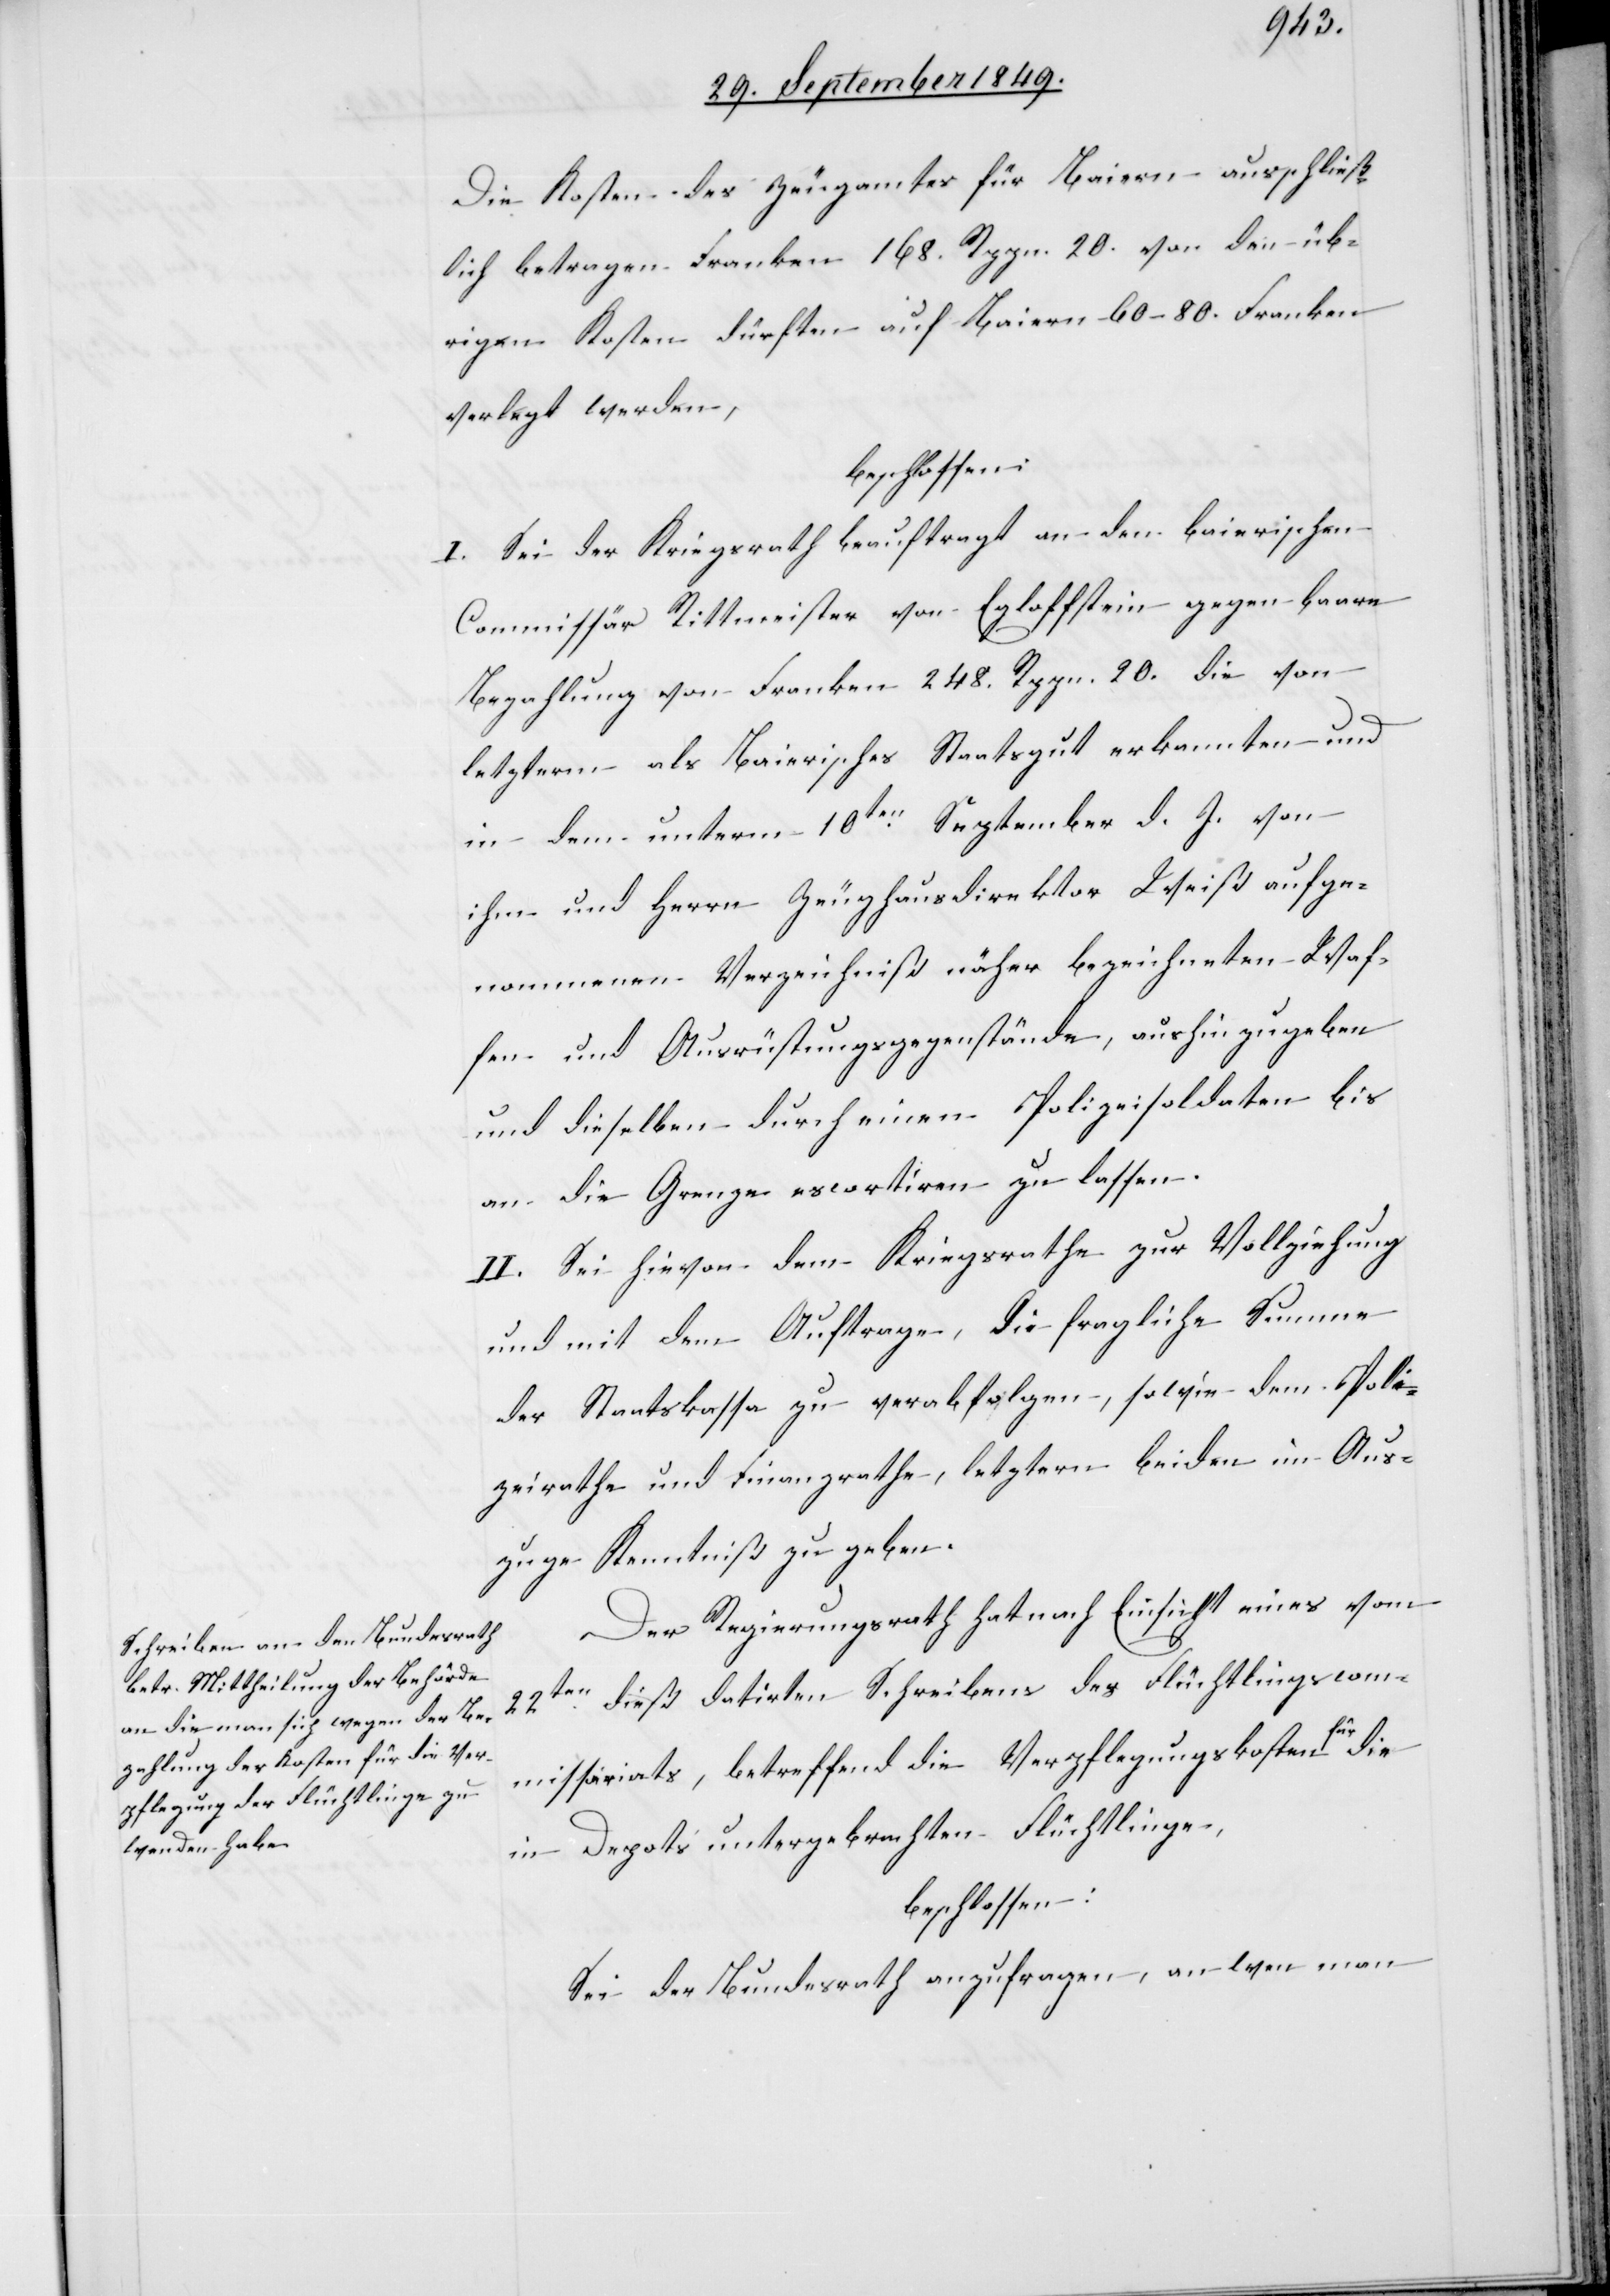
Die Kosten des Zeugamtes für Baiern ausschließ¬
lich betragen Franken 168. Rappn. 20. die von l¬
etztern als Baierisches Staatsgut erkannten und
in dem unterm 10ten September d. J. von
ihm und Herrn Zeughausdirektor Weiß aufge¬
nommenen Verzeichniß näher bezeichneten Waf¬
fen und Ausrüstungsgegenstände, aushinzugeben
und dieselben durch einen Polizeisoldaten bis
an die Grenze escortiren zu lassen.
II. Sei hievon dem Kriegsrathe zur Vollziehung
und mit dem Auftrage, die fragliche Summe
der Staatskassa zu verabfolgen, sowie dem Poli¬
zeirathe und Finanzrathe, letztern beiden im Aus¬
zuge Kenntniß zu geben.
Der Regierungsrath hat nach Einsicht eines vom
dieß datirten Schreiben des Flüchtlingscom¬
22ten
missariats, betreffend die Verpflegungskosten für die
in Depots untergebrachten Flüchtlinge,
beschlossen:
Sei der Bundesrath anzufragen, an wen man